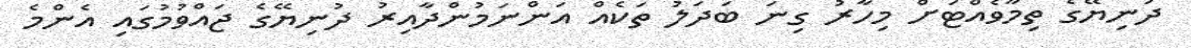
ދުނިޔޭގެ ތިމާވެއްޓަށް މިހާރު ގިނަ ބަދަލު ތަކެއް އަންނަމުންދާއިރު ދުނިޔޭގެ ޖައްވުމުގައި އެންމެ